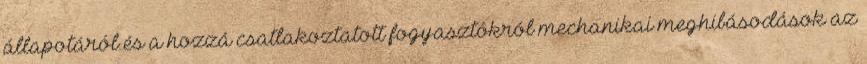
állapotáról és a hozzá csatlakoztatott fogyasztókról mechanikai meghibásodások az